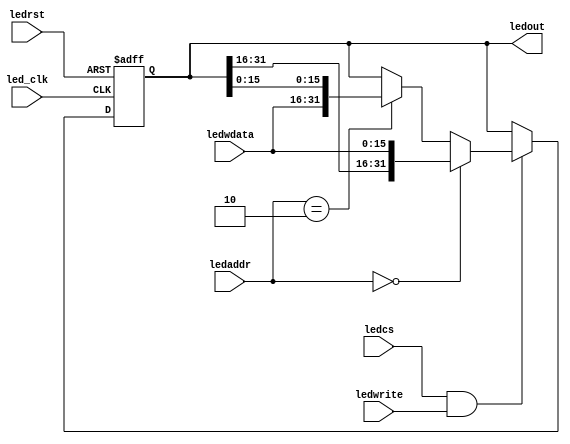
`timescale 1ns / 1ps
//////////////////////////////////////////////////////////////////////////////////
// Company: 
// Engineer: 
// 
// Design Name: 
// Module Name: io_out
// Project Name: 
// Target Devices: 
// Tool Versions: 
// Description: 
// 
// Dependencies: 
// 
// Revision:
// Revision 0.01 - File Created
// Additional Comments:
// 
//////////////////////////////////////////////////////////////////////////////////


`timescale 1ns / 1ps
//////////////////////////////////////////////////////////////////////////////////

module LED(led_clk, ledrst, ledwrite, ledcs, ledaddr,ledwdata, ledout);
    input led_clk;    		    // 
    input ledrst; 		        // 
    input ledwrite;		       	// 
    input ledcs;		      	// memorioLED   !!!!!!!!!!!!!!
    input[1:0] ledaddr;	        // LED  !!!!!!!!!!!!!!!!!!!!
    input[15:0] ledwdata;	  	// LED16
    output[31:0] ledout;		// 24LED
  
    reg [31:0] ledout;
    
    always@(posedge led_clk or posedge ledrst) begin
        if(ledrst) begin
            ledout <= 24'h000000;
        end
		else if(ledcs && ledwrite) begin
			if(ledaddr == 2'b00)
				ledout[31:0] <= { ledout[31:16], ledwdata[15:0] };
			else if(ledaddr == 2'b10 )
				ledout[31:0] <= { ledwdata[15:0], ledout[15:0] };
			else
				ledout <= ledout;
        end
		else begin
            ledout <= ledout;
        end
    end
endmodule